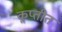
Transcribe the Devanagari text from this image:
कॢप्तीत